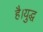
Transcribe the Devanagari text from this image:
है।युद्ध